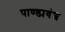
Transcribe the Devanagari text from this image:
पाण्ड्यवंश